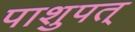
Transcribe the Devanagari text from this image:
पाशुपत्